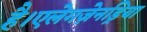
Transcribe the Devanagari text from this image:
है।एलेगज़ेनड्रिया